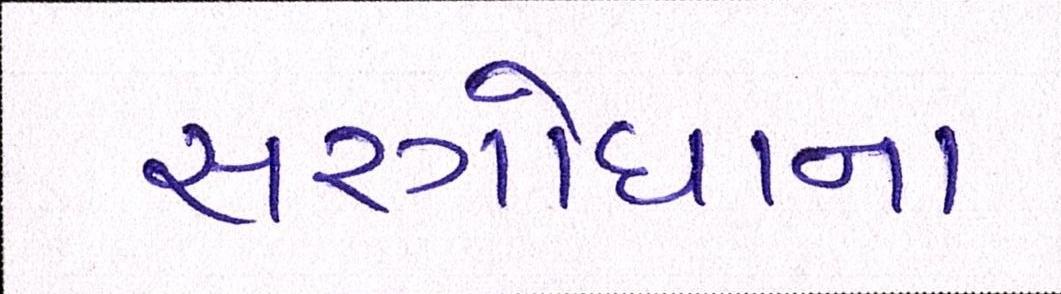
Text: સરગોધાના